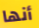
أنها